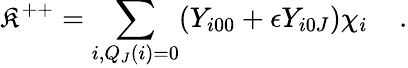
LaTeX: \mathfrak{K}^{++}=\sum_{i,Q_{J}(i)=0}({Y}_{i00}+\epsilon{Y}_{i0J}){{\chi}}_{i}\; \; \; \; .